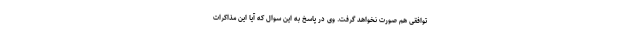
توافقی هم صورت نخواهد گرفت. وی در پاسخ به این سوال که آیا این مذاکرات